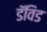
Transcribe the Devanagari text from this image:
डॅविड